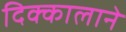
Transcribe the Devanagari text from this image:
दिक्कालाने